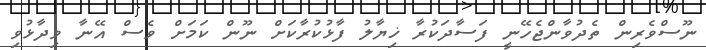
ނޫސްވެރިން ތެދުވާންޖެހޭނީ ފަސާދަކުރާ ޚިޔާލު ފާޅުކުރާކަށް ނޫން ކަމަށް ވެސް އޭނާ ވިދާޅުވި